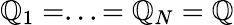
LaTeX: \mathbb{Q}_{1}=...=\mathbb{Q}_{N}=\mathbb{Q}